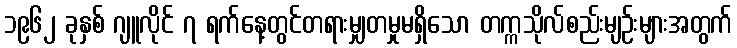
၁၉၆၂ ခုနှစ် ဂျူလိုင် ၇ ရက်နေ့တွင်တရားမျှတမှုမရှိသော တက္ကသိုလ်စည်းမျဉ်းများအတွက်